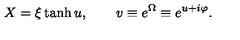
X = \xi \tanh u , \qquad v \equiv e ^ { \Omega } \equiv e ^ { u + i \varphi } .